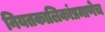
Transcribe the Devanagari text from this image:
नियतकालिकांप्रमाणेच